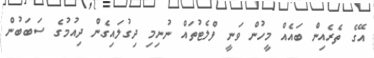
އޭގެ ތެރެއިން ބައެއް މީހުން ވަނީ ފްލެޓުތައް ނުނިމި ދިގުލައިގެން ދިއުމުގެ ސަބަބުން